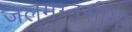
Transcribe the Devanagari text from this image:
जलमग्नसीमा